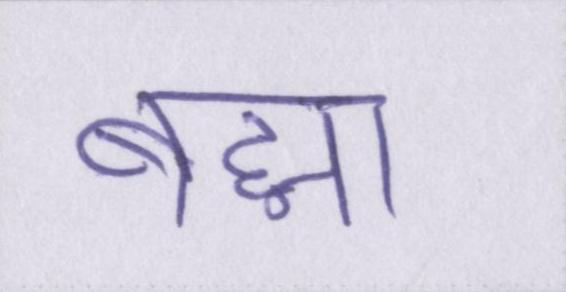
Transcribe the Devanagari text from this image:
ब्रह्मा